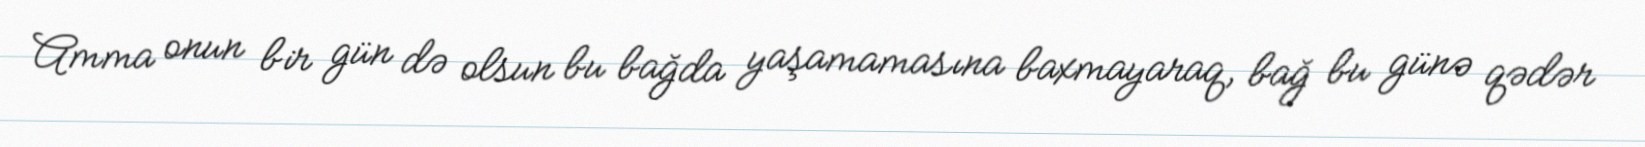
Amma onun bir gün də olsun bu bağda yaşamamasına baxmayaraq, bağ bu günə qədər